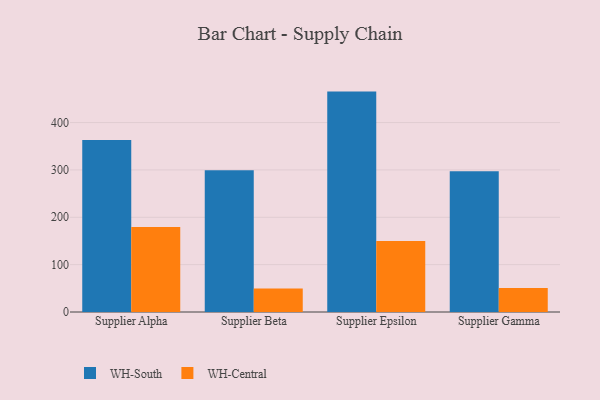
{"axis": {"x": "Supplier", "y": "Shipments"}, "legend": ["WH-Central", "WH-South"], "data": [{"x": "Supplier Alpha", "y": 363.4, "type": "WH-South"}, {"x": "Supplier Alpha", "y": 179.5, "type": "WH-Central"}, {"x": "Supplier Beta", "y": 299.4, "type": "WH-South"}, {"x": "Supplier Beta", "y": 49.7, "type": "WH-Central"}, {"x": "Supplier Epsilon", "y": 465.4, "type": "WH-South"}, {"x": "Supplier Epsilon", "y": 149.8, "type": "WH-Central"}, {"x": "Supplier Gamma", "y": 297.1, "type": "WH-South"}, {"x": "Supplier Gamma", "y": 50.8, "type": "WH-Central"}]}